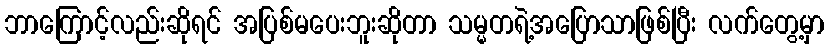
ဘာကြောင့်လည်းဆိုရင် အပြစ်မပေးဘူးဆိုတာ သမ္မတရဲ့အပြောသာဖြစ်ပြီး လက်တွေ့မှာ